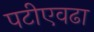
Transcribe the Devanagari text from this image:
पटीएवढा